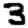
Digit: 3